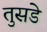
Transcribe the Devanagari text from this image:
तुसडे